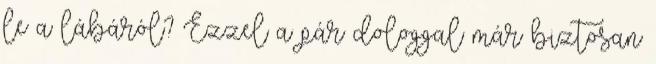
le a lábáról? Ezzel a pár dologgal már biztosan